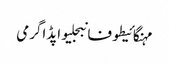
مہنگائیطوفانبجلیواپڈاگرمی